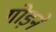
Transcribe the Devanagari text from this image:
गोड़ने